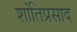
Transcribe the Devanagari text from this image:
शांतिप्रसाद